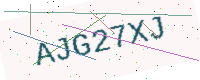
Text: AJG27XJ